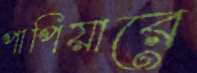
পাপিয়ারে